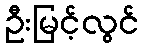
ဦးမြင့်လွင်